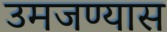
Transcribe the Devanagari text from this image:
उमजण्यास